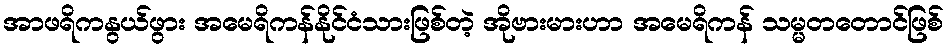
အာဖရိကနွယ်ဖွား အမေရိကန်နိုင်ငံသားဖြစ်တဲ့ အိုဗားမားဟာ အမေရိကန် သမ္မတတောင်ဖြစ်